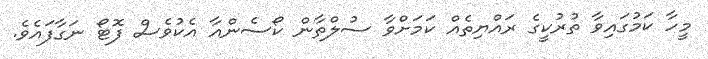
މީހާ ކަމުގައިވާ ތުރުކީގެ ރައްޔިތެއް ކަމަށްވާ ސުލްތާން ކޯސެންއާ އެކުވެސް ފޮޓޯ ނަގާފައެވެ.